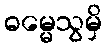
ဓမ္မေသွမှိ